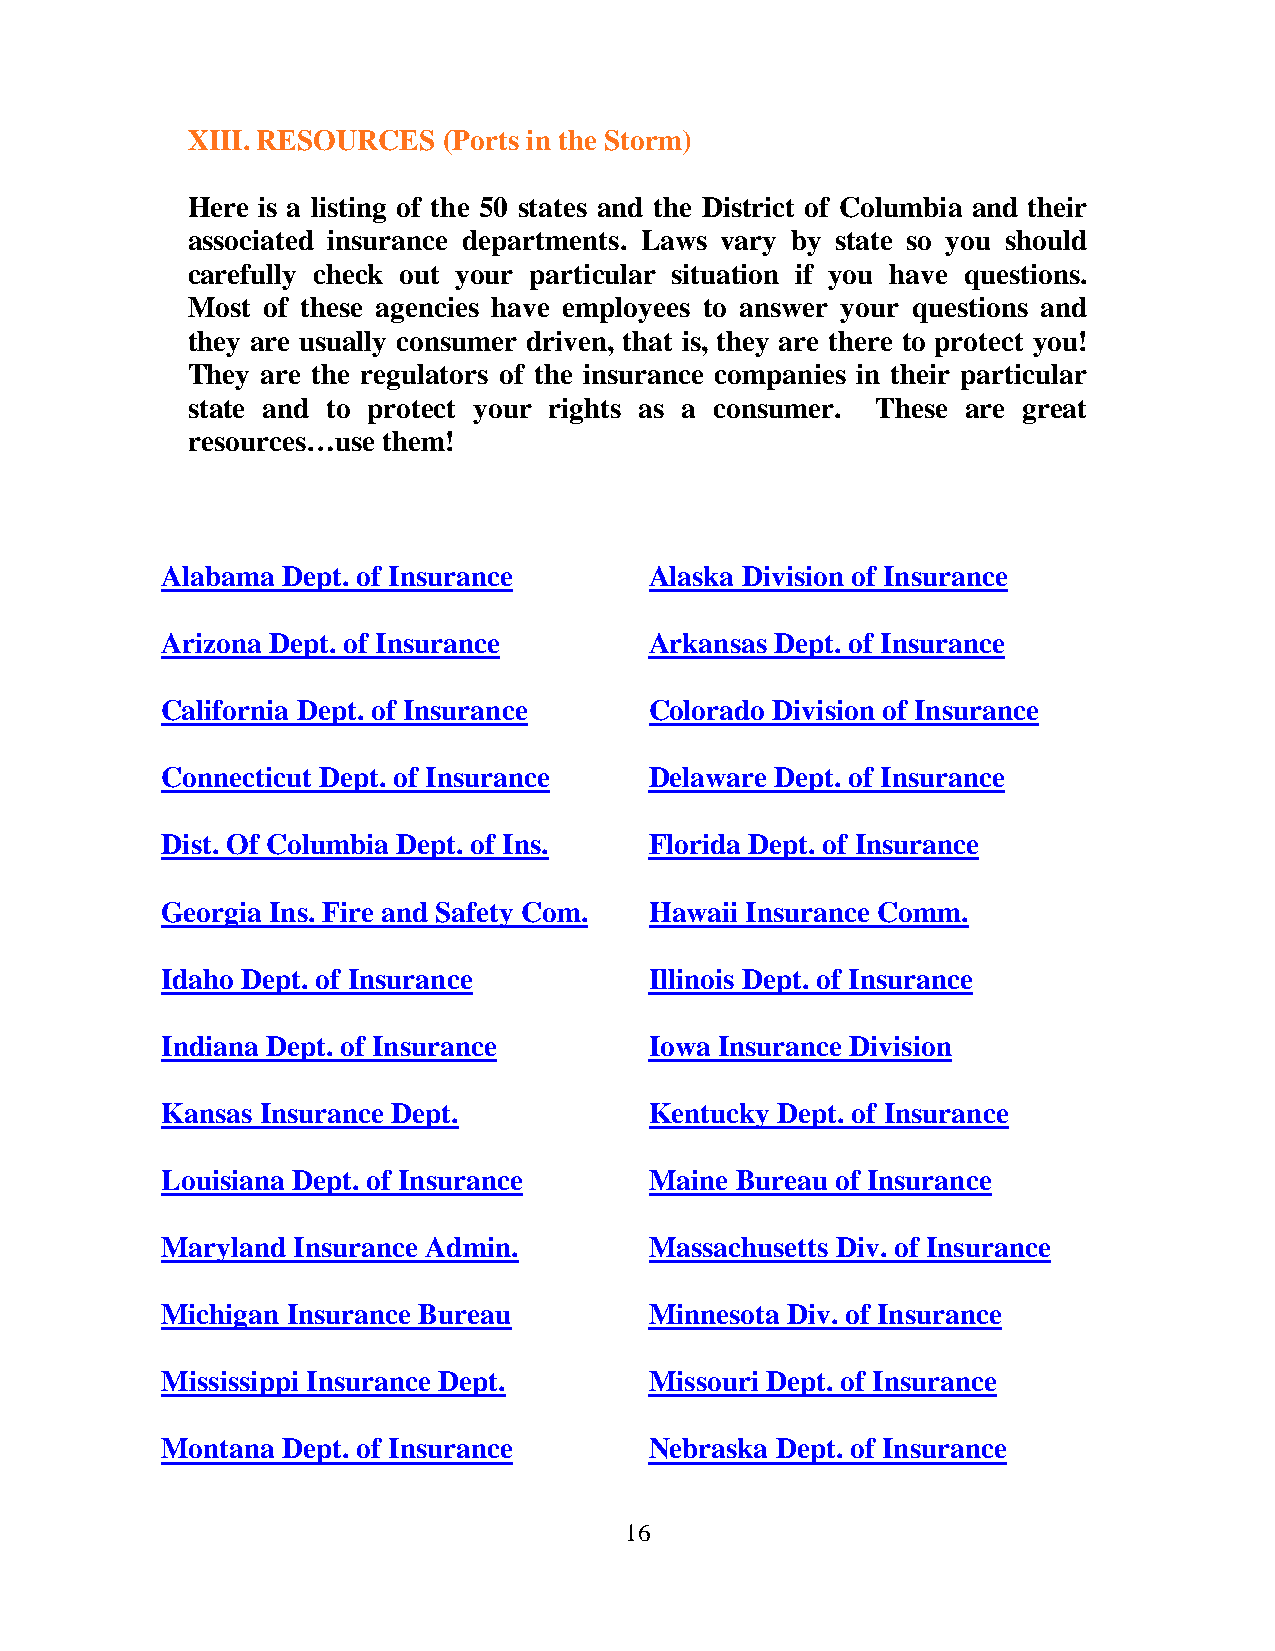
XIII. RESOURCES  (Ports in the Storm)
 Here is a listing of the 50 states and the District of Columbia and their
 associated insurance departments. Laws vary by state so you should
 carefully check out your particular situation if you have questions.
 Most of these agencies have employees to answer your questions and
 they are usually consumer driven, that is, they are there to protect you!
 They are the regulators of the insurance companies in their particular
 state and to protect your rights as a consumer. These are great
 resources…use them!
 Alabama Dept. of Insurance      Alaska Division of Insurance
 Arizona Dept. of Insurance      Arkansas Dept. of Insurance
 California Dept. of Insurance   Colorado Division of Insurance
 Connecticut Dept. of Insurance  Delaware Dept. of Insurance
 Dist. Of Columbia Dept. of Ins. Florida Dept. of Insurance
 Georgia Ins. Fire and Safety Com. Hawaii Insurance Comm.
 Idaho Dept. of Insurance        Illinois Dept. of Insurance
 Indiana Dept. of Insurance      Iowa Insurance Division
 Kansas Insurance Dept.          Kentucky Dept. of Insurance
 Louisiana Dept. of Insurance    Maine Bureau of Insurance
 Maryland Insurance Admin.       Massachusetts Div. of Insurance
 Michigan Insurance Bureau       Minnesota Div. of Insurance
 Mississippi Insurance Dept.     Missouri Dept. of Insurance
 Montana Dept. of Insurance      Nebraska Dept. of Insurance
 16